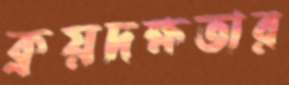
ক্রয়দক্ষতার